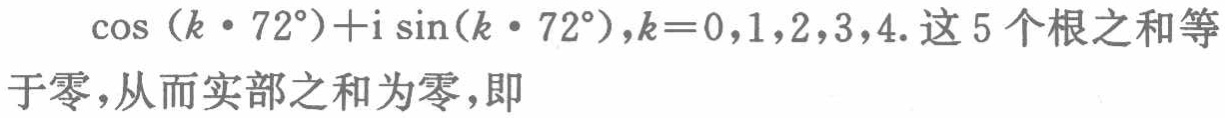
\(\cos (k\cdot 72^{\circ})+\mathrm{i}\sin(k\cdot 72^{\circ}),k = 0,1,2,3,4.\)这5个根之和等于零，从而实部之和为零，即